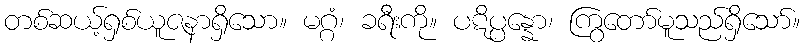
တစ်ဆယ့်ရှစ်ယူဇနာရှိသော။ မဂ္ဂံ၊ ခရီးကို။ ပဋိပ္ပန္နော၊ ကြွတော်မူသည်ရှိသော်။